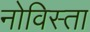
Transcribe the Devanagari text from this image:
नोविस्ता